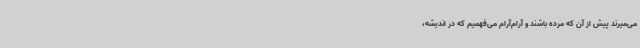
می‌میرند پیش از آن که مرده باشند و آرام‌آرام می‌فهمیم که در اندیشه،